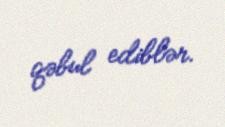
qəbul ediblər.